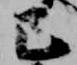
已